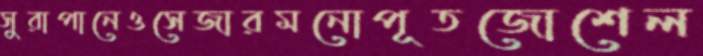
সুরাপানেওসেজারমনোপূতজোশেল